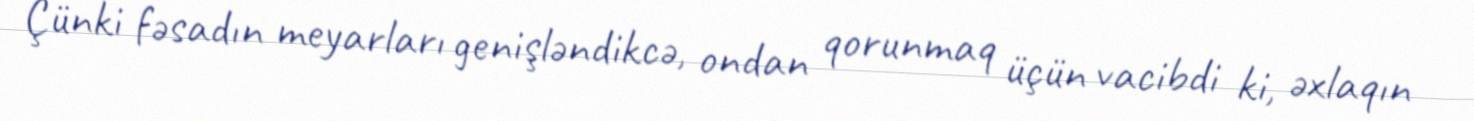
Çünki fəsadın meyarları genişləndikcə, ondan qorunmaq üçün vacibdi ki, əxlaqın